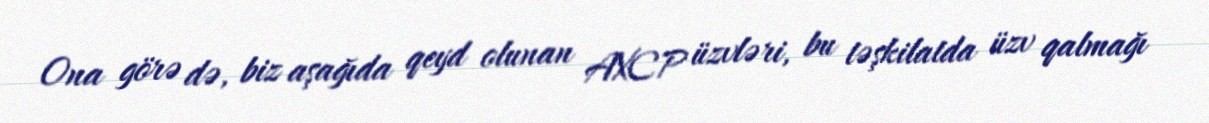
Ona görə də, biz aşağıda qeyd olunan AXCP üzvləri, bu təşkilatda üzv qalmağı